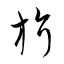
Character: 旂